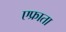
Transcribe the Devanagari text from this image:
एफ्राता